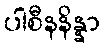
ပါစီနနိန္နာ